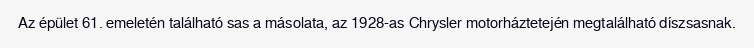
Az épület 61. emeletén található sas a másolata, az 1928-as Chrysler motorháztetején megtalálható díszsasnak.